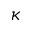
\kappa